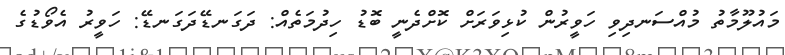
މައުލޫމާތު މުއްސަނދިވި ހަވީރުން ކުޅިވަރަށް ކޮށްދެނީ ބޮޑު ހިދުމަތެއް: ދަގަނޑޭދަގަނޑޭ: ހަވީރު އެވޯޑުގެ